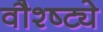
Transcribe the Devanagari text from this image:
वौश्ष्ट्ये